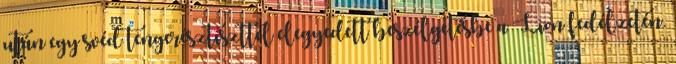
után egy svéd tengerésztiszttel elegyedett beszélgetésbe a Lion fedélzetén.